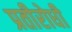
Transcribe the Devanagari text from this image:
प्रतीरोधी